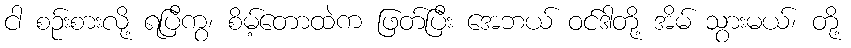
ငါ စဉ်းစားလို့ ရပြီကွ၊ စိမ့်တောထဲက ဖြတ်ပြီး အေဘယ် ဝင်ဒါတို့ အိမ် သွားမယ်၊ တို့